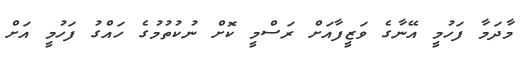
މާދަމާ ފަހުމީ އޭނާގެ ވަޒީފާއަށް ރަސްމީ ކޮށް ނުކުތުމުގެ ހައްގު ފަހުމީ އަށް